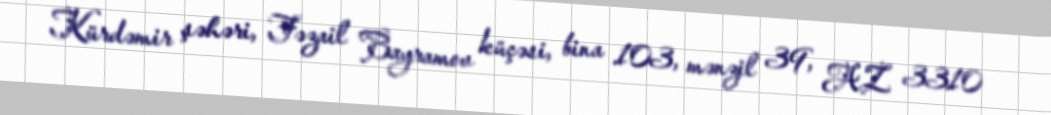
Kürdəmir şəhəri, Fəzail Bayramov küçəsi, bina 103, mənzil 39, AZ 3310